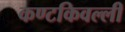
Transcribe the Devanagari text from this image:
कण्टकिवल्ली